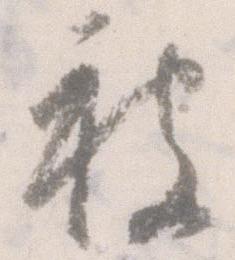
被